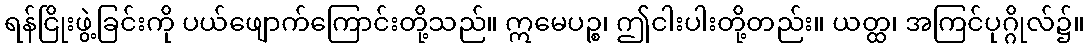
ရန်ငြိုးဖွဲ့ခြင်းကို ပယ်ဖျောက်ကြောင်းတို့သည်။ ဣမေပဉ္စ၊ ဤငါးပါးတို့တည်း။ ယတ္ထ၊ အကြင်ပုဂ္ဂိုလ်၌။